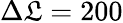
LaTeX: \Delta\mathfrak{L}=200